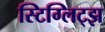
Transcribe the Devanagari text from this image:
स्टिग्लिट्झ